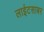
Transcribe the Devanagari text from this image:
लाईटसाबर